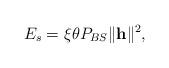
LaTeX: \begin{align*}E_{s} = \xi \theta P_{BS} \|\mathbf{h}\|^{2},\end{align*}